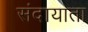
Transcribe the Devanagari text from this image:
संदायाता